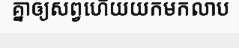
គ្នាឲ្យសព្វហើយយកមកលាប